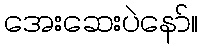
အေးဆေးပဲနော်။